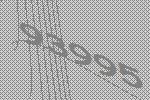
93995